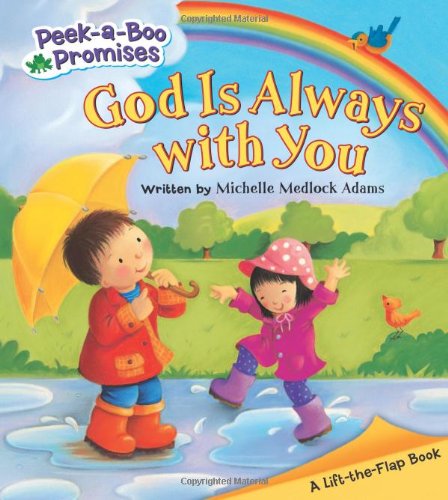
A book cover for God Is Always with You (Peek-a-Boo Promises series); Michelle Medlock Adams; Children's Books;